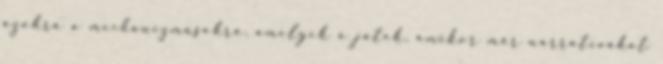
azokra a mechanizmusokra, amelyek a játék, amikor már narratívákat